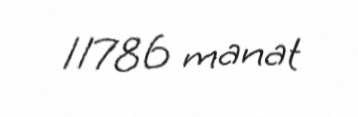
11786 manat